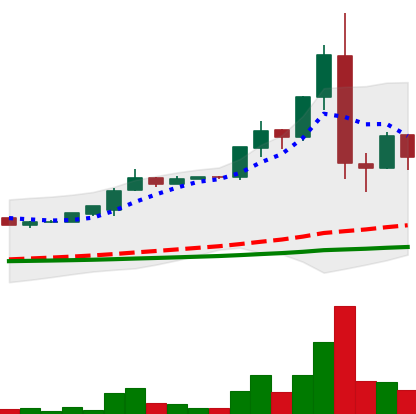
Ticker: LTC-USD
Chart end date: 2015-07-13
Forward return: -14.488%
Label: down_7plus